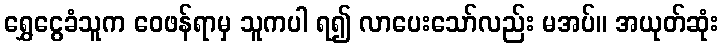
ရွှေငွေခံသူက ဝေဖန်ရာမှ သူကပါ ရ၍ လာပေးသော်လည်း မအပ်။ အယုတ်ဆုံး